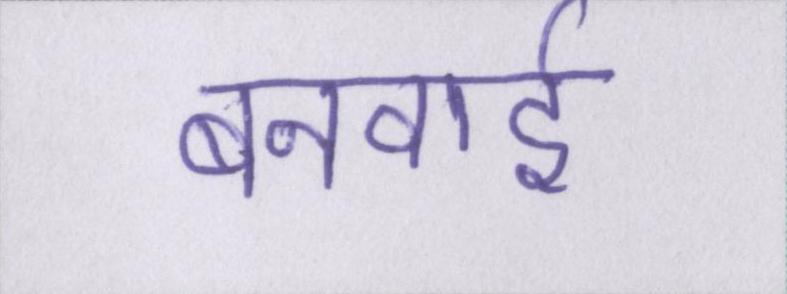
बनवाई